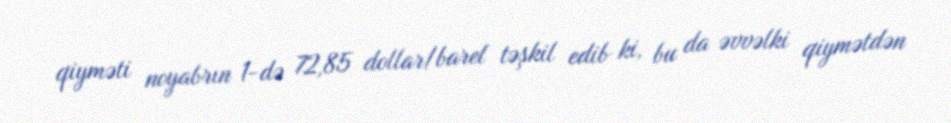
qiyməti noyabrın 1-də 72,85 dollar/barel təşkil edib ki, bu da əvvəlki qiymətdən